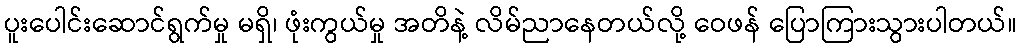
ပူးပေါင်းဆောင်ရွက်မှု မရှိ၊ ဖုံးကွယ်မှု အတိနဲ့ လိမ်ညာနေတယ်လို့ ဝေဖန် ပြောကြားသွားပါတယ်။